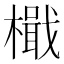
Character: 檝